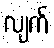
လျက်